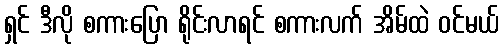
ရှင် ဒီလို စကားပြော ရိုင်းလာရင် စကားလက် အိမ်ထဲ ဝင်မယ်